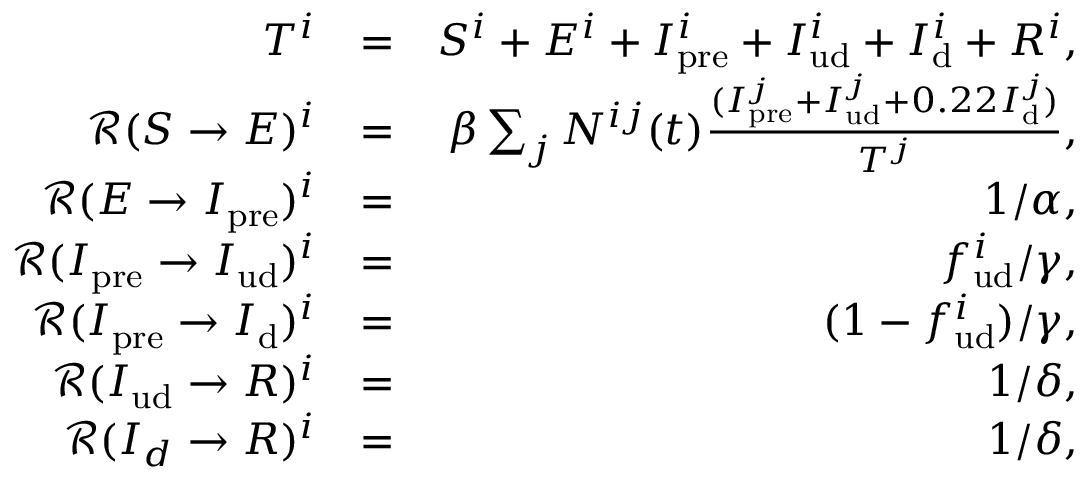
\begin{array} { r l r } { T ^ { i } } & { = } & { S ^ { i } + E ^ { i } + I _ { \mathrm { p r e } } ^ { i } + I _ { \mathrm { u d } } ^ { i } + I _ { \mathrm { d } } ^ { i } + R ^ { i } , } \\ { \mathcal { R } ( S \rightarrow E ) ^ { i } } & { = } & { \beta \sum _ { j } N ^ { i j } ( t ) \frac { ( I _ { \mathrm { p r e } } ^ { j } + I _ { \mathrm { u d } } ^ { j } + 0 . 2 2 I _ { \mathrm { d } } ^ { j } ) } { T ^ { j } } , } \\ { \mathcal { R } ( E \rightarrow I _ { \mathrm { p r e } } ) ^ { i } } & { = } & { 1 / \alpha , } \\ { \mathcal { R } ( I _ { \mathrm { p r e } } \rightarrow I _ { \mathrm { u d } } ) ^ { i } } & { = } & { f _ { \mathrm { u d } } ^ { i } / \gamma , } \\ { \mathcal { R } ( I _ { \mathrm { p r e } } \rightarrow I _ { \mathrm { d } } ) ^ { i } } & { = } & { ( 1 - f _ { \mathrm { u d } } ^ { i } ) / \gamma , } \\ { \mathcal { R } ( I _ { \mathrm { u d } } \rightarrow R ) ^ { i } } & { = } & { 1 / \delta , } \\ { \mathcal { R } ( I _ { d } \rightarrow R ) ^ { i } } & { = } & { 1 / \delta , } \end{array}